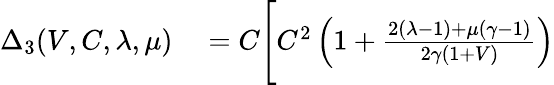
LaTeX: \begin{array}{rl}{\Delta_{3}(V,C,\lambda,\mu)}&{{}=C\Bigg[C^{2}\left(1+\frac{2(\lambda-1)+\mu(\gamma-1)}{2\gamma(1+V)}\right)}\end{array}